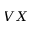
V X